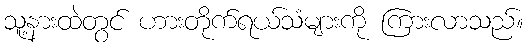
သူ့နားထဲတွင် ဟားတိုက်ရယ်သံများကို ကြားလာသည်။